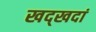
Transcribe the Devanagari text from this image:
खद्खदां